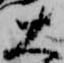
大